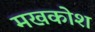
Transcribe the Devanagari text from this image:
मखकोश